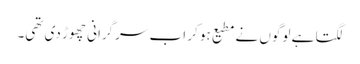
لگتا ہے لوگوں نے مطیع ہو کر اب سرگرانی چھوڑ دی تھی۔